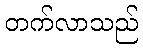
တက်လာသည်